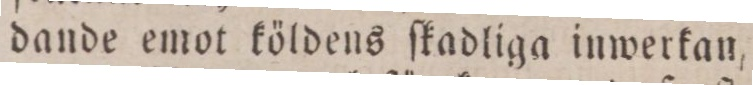
dande emot köldens ſkadliga inwerkan